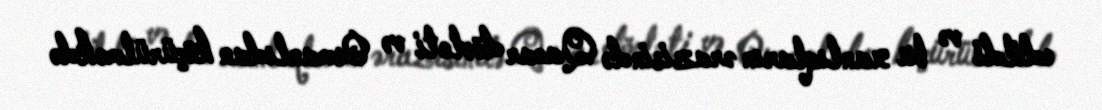
edildi və bu xanlıqların ərazisində Qacar dövləti və Osmanlıdan köçürülməkdə